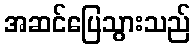
အဆင်ပြေသွားသည်